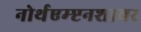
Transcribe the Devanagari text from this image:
नोर्थएम्प्टनशायर